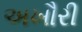
અખૌરી